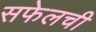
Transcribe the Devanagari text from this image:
सफेलची